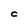
Character: C